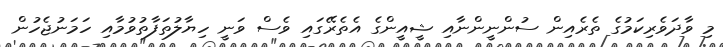
މި ވާދަވެރިކަމުގެ ތެރެއިން ސުންނީންނާއި ޝީއީންގެ އެތެރޭގައި ވެސް ވަނީ ހިޔާލުތަފާތުވުމާއި ހަމަނުޖެހުން